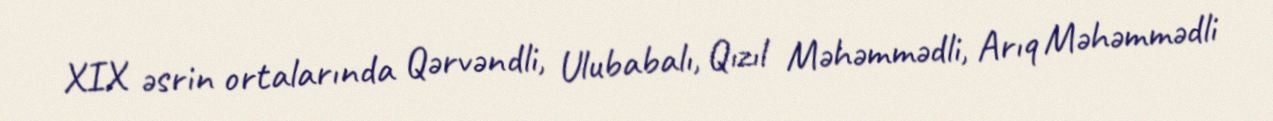
XIX əsrin ortalarında Qərvəndli, Ulubabalı, Qızıl Məhəmmədli, Arıq Məhəmmədli